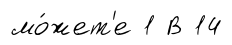
мо́жет'е 1 В 14